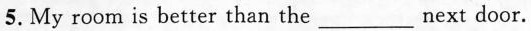
5. My room is better than the ___ next door.